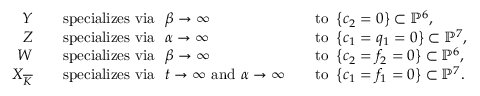
\begin{array} { r l r l } { Y \quad } & { \mathrm { s p e c i a l i z e s ~ v i a ~ } \ \beta \to \infty } & & { \mathrm { t o ~ } \left\{ c _ { 2 } = 0 \right\} \subset \mathbb { P } ^ { 6 } , } \\ { Z \quad } & { \mathrm { s p e c i a l i z e s ~ v i a ~ } \ \alpha \to \infty } & & { \mathrm { t o ~ } \left\{ c _ { 1 } = q _ { 1 } = 0 \right\} \subset \mathbb { P } ^ { 7 } , } \\ { W \quad } & { \mathrm { s p e c i a l i z e s ~ v i a ~ } \ \beta \to \infty } & & { \mathrm { t o ~ } \left\{ c _ { 2 } = f _ { 2 } = 0 \right\} \subset \mathbb { P } ^ { 6 } , } \\ { X _ { \overline { { K } } } \quad } & { \mathrm { s p e c i a l i z e s ~ v i a ~ } \ t \to \infty \mathrm { ~ a n d ~ } \alpha \to \infty } & & { \mathrm { t o ~ } \left\{ c _ { 1 } = f _ { 1 } = 0 \right\} \subset \mathbb { P } ^ { 7 } . } \end{array}